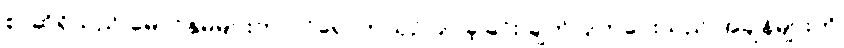
စာဆိုရှိသည် မောင်နှမများက ဝင်ရောက်ယှဉ်ပြိုင်ခဲ့ခြင်း ချက်ပြုတ်ပေးသည် အချိန်များကို